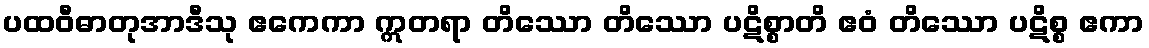
ပထဝီဓာတုအာဒီသု ဧကေကာ ဣတရာ တိဿော တိဿော ပဋိစ္စာတိ ဧဝံ တိဿော ပဋိစ္စ ဧကာ